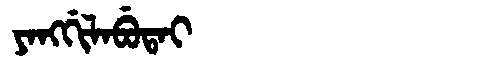
Manchu: ᠶᠠᠩᡤᡳᠯᠠᠪᡠᡨᠠᡳ
Romanization: YANGGILABUTAI